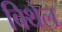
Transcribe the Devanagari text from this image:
बिथेल